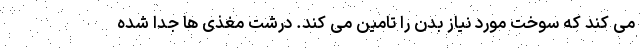
می کند که سوخت مورد نیاز بدن را تامین می کند. درشت مغذی ها جدا شده